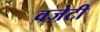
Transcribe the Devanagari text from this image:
वज़ेटी